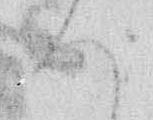
ハ